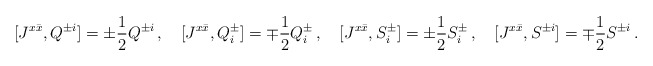
\begin{align*}[J^{x\bar{x}},Q^{\pm i}]=\pm\frac{1}{2}Q^{\pm i}\,,\quad[J^{x\bar{x}},Q^\pm_i]=\mp\frac{1}{2}Q^\pm_i\,,\quad[J^{x\bar{x}},S^\pm_i]=\pm\frac{1}{2}S^\pm_i\,,\quad[J^{x\bar{x}},S^{\pm i}]=\mp\frac{1}{2}S^{\pm i}\,.\end{align*}